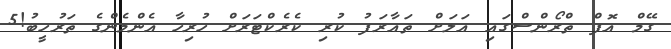
ގޭމް އޮފް ތްރޯންސްގައި އަލަށް ތައާރަފު ކުރި ކެރެކްޓަރަށް ހުރިހާ އެންމެންގެ ތަރުހީބު!5